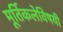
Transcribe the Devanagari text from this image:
मूर्तिकलेविषयी